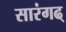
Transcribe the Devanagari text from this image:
सारंगढ्